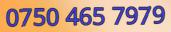
0750 465 7979